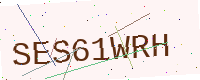
Text: SES61WRH